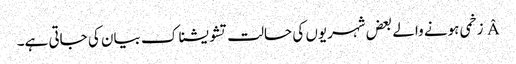
Â زخمی ہونے والے بعض شہریوں کی حالت تشویشناک بیان کی جاتی ہے۔